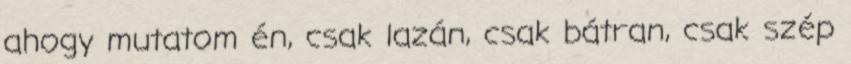
ahogy mutatom én, csak lazán, csak bátran, csak szép